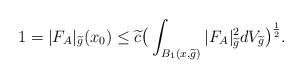
LaTeX: \begin{align*}1=|F_{A}|_{\widetilde{g}}(x_{0})\leq\widetilde{c}\big{(}\int_{B_{1}(x,\widetilde{g})}|F_{A}|_{\widetilde{g}}^{2}dV_{\widetilde{g}}\big{)}^{\frac{1}{2}}.\end{align*}